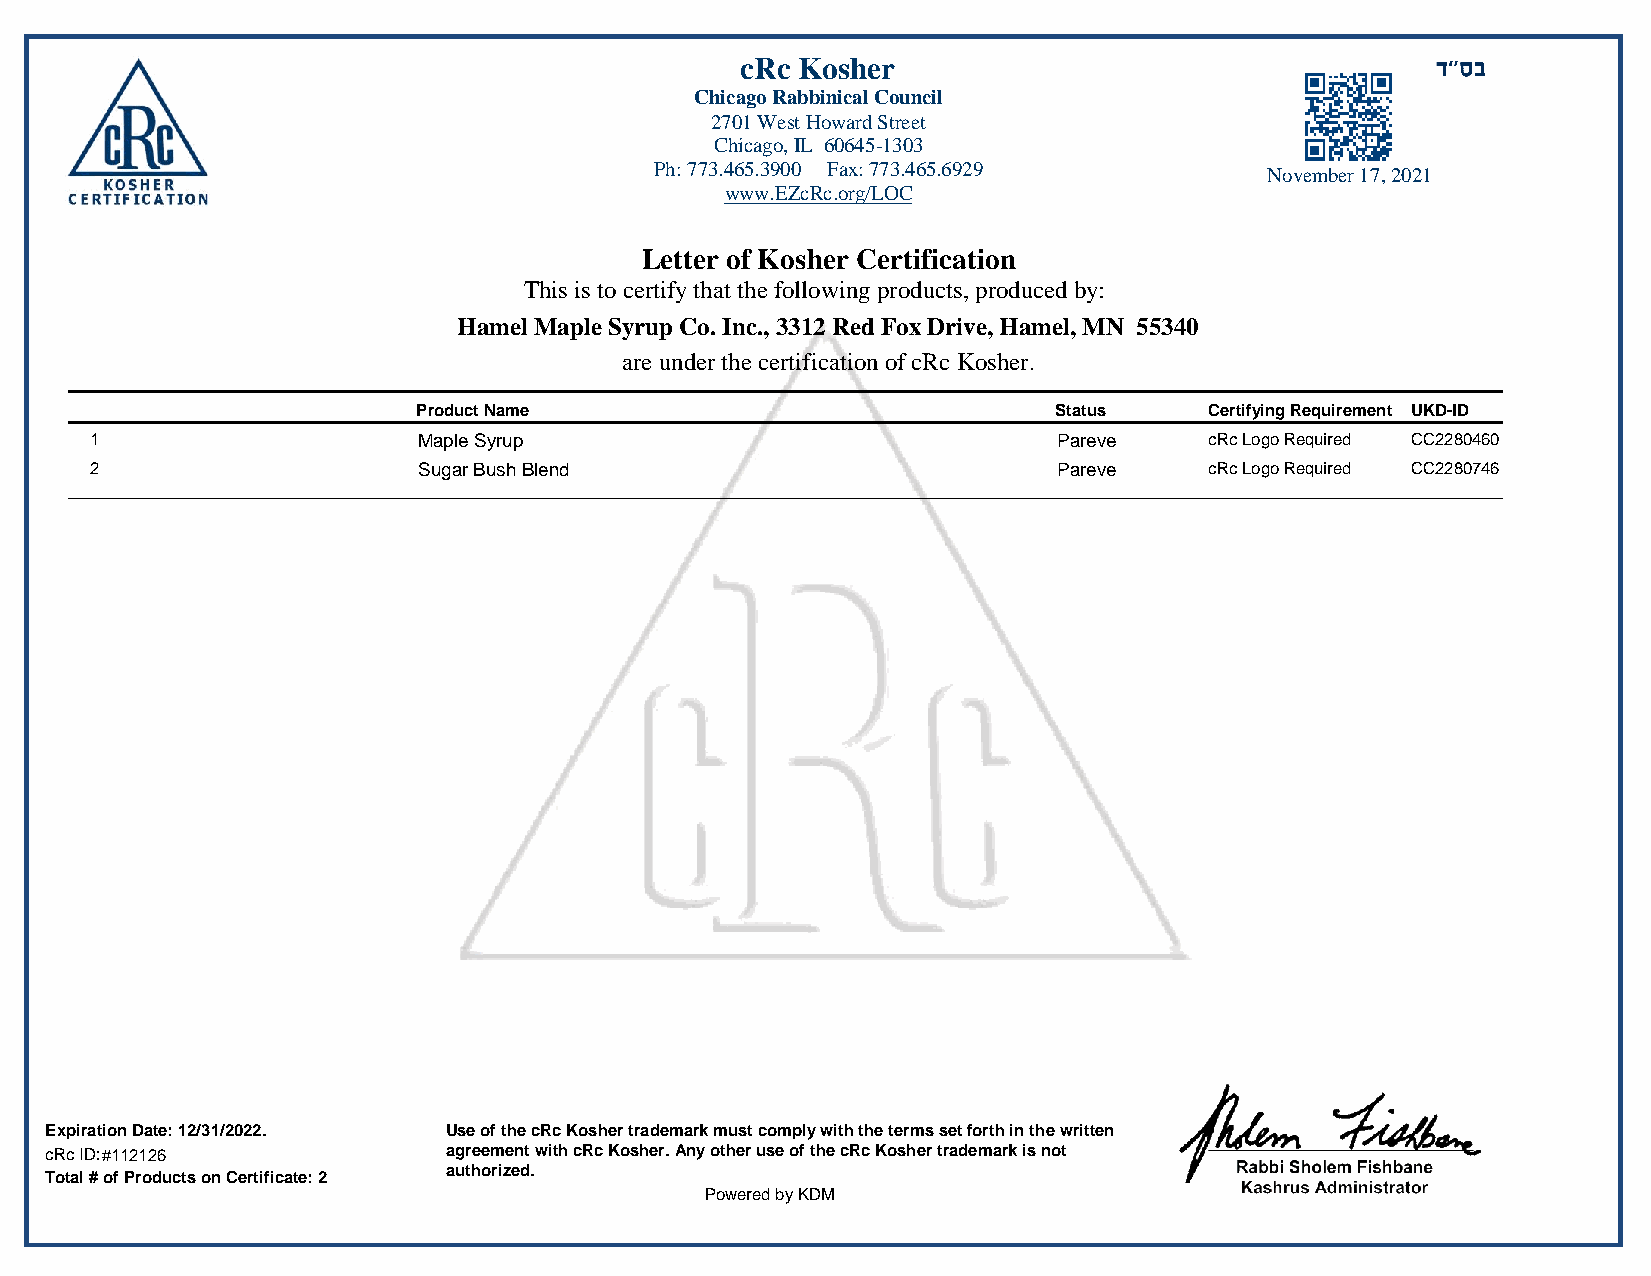
cRc Kosher
 Chicago Rabbinical Council
 2701 West Howard Street
 Chicago, IL 60645-1303
 Ph: 773.465.3900 Fax: 773.465.6929       November 17, 2021
 www.EZcRc.org/LOC
 Letter of Kosher Certification Hamel Maple Syrup Co. Inc.
 This is to certify that the following products, produced by:
 Hamel Maple Syrup Co. Inc., 3312 Red Fox Drive, Hamel, MN 55340
 are under the certification of cRc Kosher.
 Product Name                              Status    Certifying Requirement UKD-ID
 1                     Maple Syrup                               Pareve    cRc Logo Required CC2280460
 2                     Sugar Bush Blend                          Pareve    cRc Logo Required CC2280746
 Expiration Date: 12/31/2022. Use of the cRc Kosher trademark must comply with the terms set forth in the written
 cRc ID:#112126             agreement with cRc Kosher. Any other use of the cRc Kosher trademark is not
 authorized.
 Total # of Products on Certificate: 2
 Powered by KDM